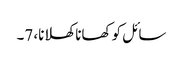
سائل کو کھانا کھلانا، 7۔